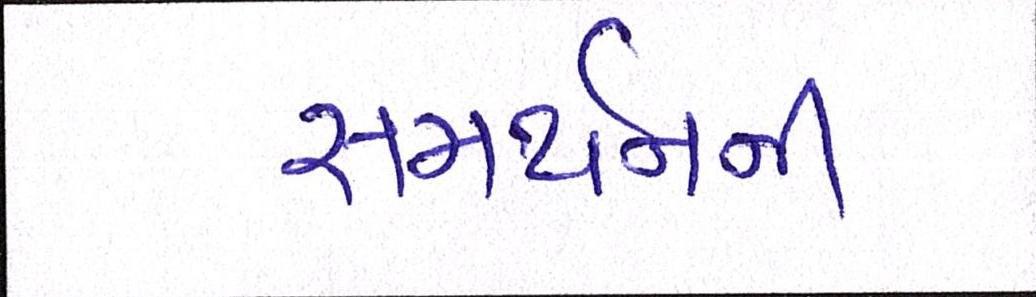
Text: સમર્થનની